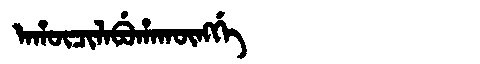
Manchu: ᠠᡥᡡᠴᡳᠯᠠᠪᡠᡥᠠᡴᡡᠩᡤᡝ
Romanization: AHŪCILABUHAKŪNGGE